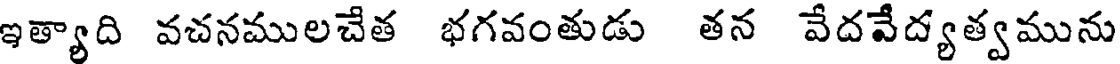
ఇత్యాది వచనములచేత భగవంతుడు తన వేదవేద్యత్వమును